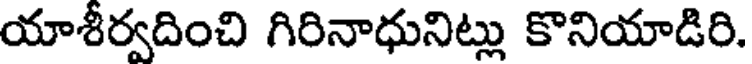
యాశీర్వదించి గిరినాధునిట్లు కొనియాడిరి.